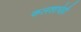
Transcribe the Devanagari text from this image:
कलशाचेही